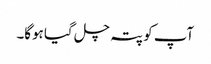
‌ آپ کو پتہ چل گیا ہوگا۔